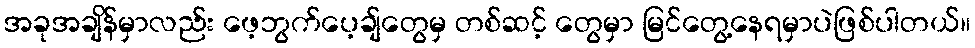
အခုအချိန်မှာလည်း ဖေ့ဘွက်ပေ့ချ်တွေမှ တစ်ဆင့် တွေမှာ မြင်တွေ့နေရမှာပဲဖြစ်ပါတယ်။